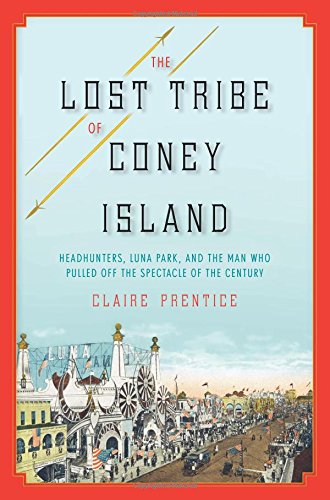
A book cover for The Lost Tribe of Coney Island: Headhunters, Luna Park, and the Man Who Pulled Off the Spectacle of the Century; Claire Prentice; Biographies & Memoirs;